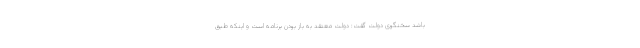
باشد سخنگوی دولت گفت: دولت معتقد به باز بودن برنامه است و اینکه طبق